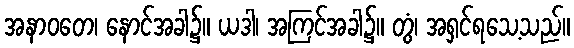
အနာဝတေ၊ နောင်အခါ၌။ ယဒါ၊ အကြင်အခါ၌။ တွံ၊ အရှင်ရသေ့သည်။